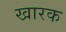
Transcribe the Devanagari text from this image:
खारक